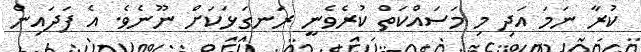
ކުރާ ނަމަ އަދި މި މަސައްކަތް ކުރެވެނީ ރަނގަޅަކަށް ނޫނެވެ. އެ ފަދައިން